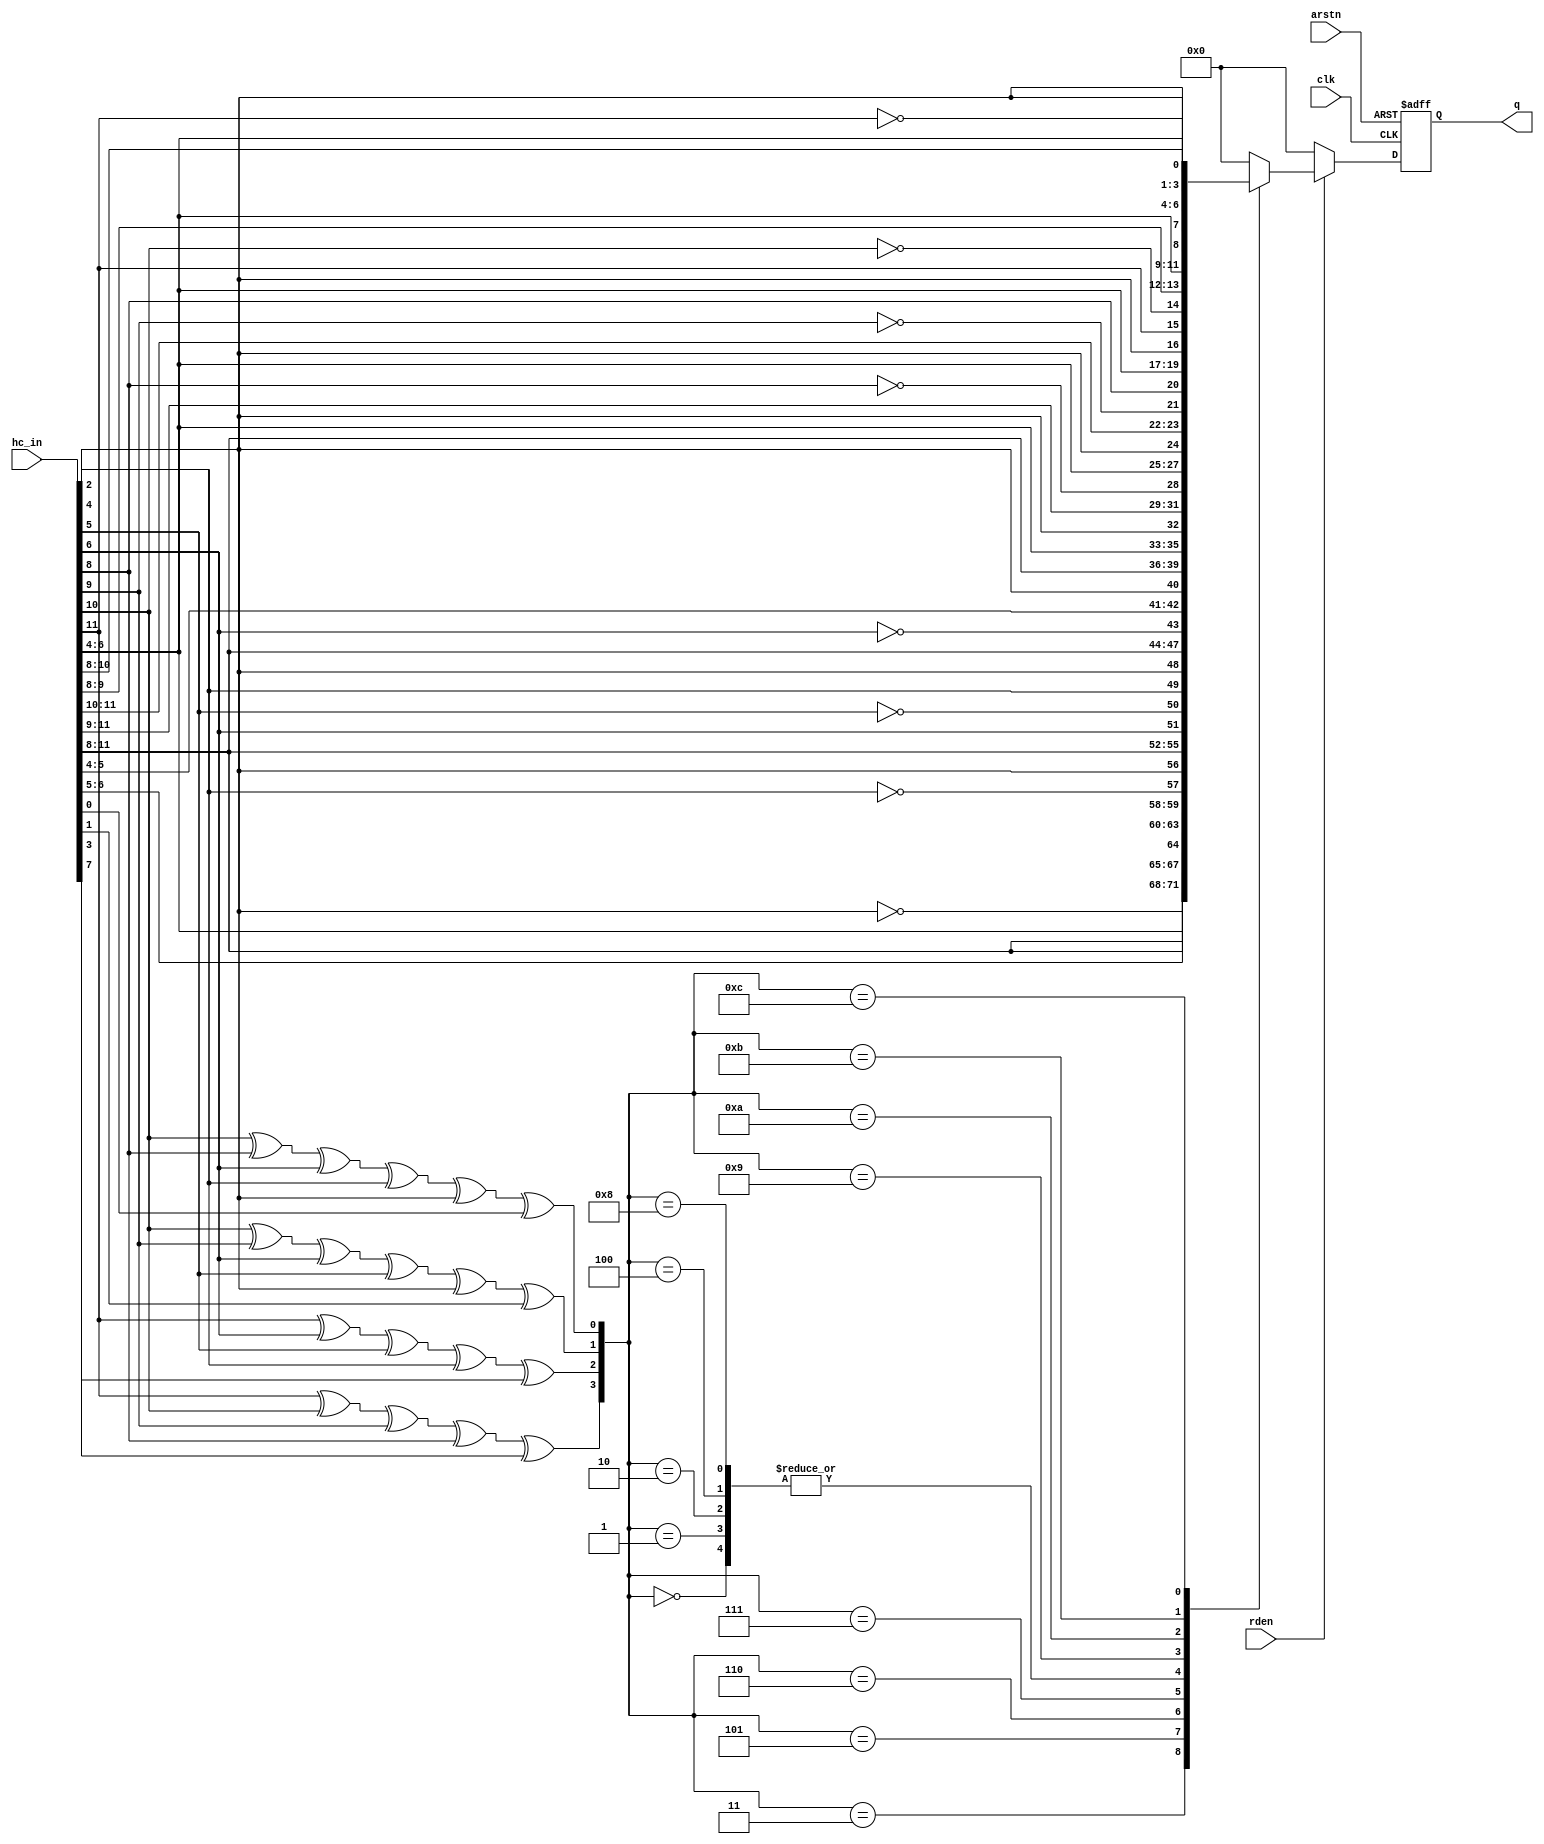
module hamming_decoder (
    input  wire        clk, 
    input  wire        arstn,
    input  wire        rden,
    input  wire [11:0] hc_in,
    output reg  [7:0]  q
);

    wire g0_error; 
    wire g1_error; 
    wire g2_error;
    wire g3_error;

    assign g0_error = hc_in[10] ^ hc_in[8] ^ hc_in[6] ^ hc_in[4] ^ hc_in[2] ^ hc_in[0];
    assign g1_error = hc_in[10] ^ hc_in[9] ^ hc_in[6] ^ hc_in[5] ^ hc_in[2] ^ hc_in[1];
    assign g2_error = hc_in[11] ^ hc_in[6] ^ hc_in[5] ^ hc_in[4] ^ hc_in[3];
    assign g3_error = hc_in[11] ^ hc_in[10] ^ hc_in[9] ^ hc_in[8] ^ hc_in[7];

    always @ (posedge clk or negedge arstn) begin
        if (~arstn) begin
            q <= 0;
        end
        else if (rden) begin
            case ({g3_error, g2_error, g1_error, g0_error})
                4'b0000 : q <= {hc_in[11:8], hc_in[6:4], hc_in[2]};
                4'b0001 : q <= {hc_in[11:8], hc_in[6:4], hc_in[2]};
                4'b0010 : q <= {hc_in[11:8], hc_in[6:4], hc_in[2]};
                4'b0011 : q <= {hc_in[11:8], hc_in[6:4], ~hc_in[2]};
                4'b0100 : q <= {hc_in[11:8], hc_in[6:4], hc_in[2]};
                4'b0101 : q <= {hc_in[11:8], hc_in[6:5], ~hc_in[4], hc_in[2]};
                4'b0110 : q <= {hc_in[11:8], hc_in[6], ~hc_in[5], hc_in[4], hc_in[2]};
                4'b0111 : q <= {hc_in[11:8], ~hc_in[6], hc_in[5], hc_in[4], hc_in[2]};
                4'b1000 : q <= {hc_in[11:8], hc_in[6], hc_in[5], hc_in[4], hc_in[2]};
                4'b1001 : q <= {hc_in[11:9], ~hc_in[8], hc_in[6:4], hc_in[2]};
                4'b1010 : q <= {hc_in[11:10], ~hc_in[9], hc_in[8], hc_in[6:4], hc_in[2]};
                4'b1011 : q <= {hc_in[11], ~hc_in[10], hc_in[9], hc_in[8], hc_in[6:4], hc_in[2]};
                4'b1100 : q <= {~hc_in[11], hc_in[10], hc_in[9], hc_in[8], hc_in[6:4], hc_in[2]};
                default : q <= 0;
            endcase
        end
        else begin
            q <= 0;
        end
    end

endmodule